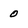
Character: 0